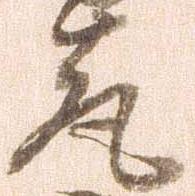
亮